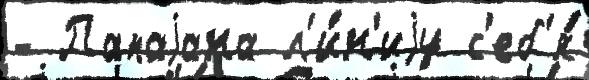
- Папаjана л'и́н'иjу с'еб'я́